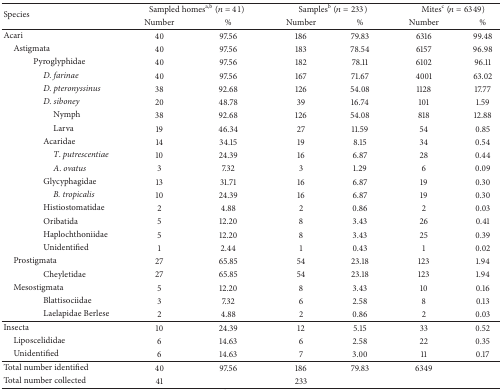
<table><thead><tr><td rowspan="2"><b>Species</b></td><td colspan="2"><b>Sampled homes<sup>a,b</sup> (<i>n</i> = 41)</b></td><td colspan="2"><b>Samples<sup>b</sup> (<i>n</i> = 233)</b></td><td colspan="2"><b>Mites<sup>c</sup> (<i>n</i> = 6349) </b></td></tr><tr><td><b>Number</b></td><td><b>%</b></td><td><b>Number</b></td><td><b>%</b></td><td><b>Number</b></td><td><b>%</b></td></tr></thead><tbody><tr><td>Acari</td><td>40</td><td>97.56</td><td>186</td><td>79.83</td><td>6316</td><td>99.48</td></tr><tr><td> Astigmata</td><td>40</td><td>97.56</td><td>183</td><td>78.54</td><td>6157</td><td>96.98</td></tr><tr><td>Pyroglyphidae</td><td>40</td><td>97.56</td><td>182</td><td>78.11</td><td>6102</td><td>96.11</td></tr><tr><td><i>D. farinae </i></td><td>40</td><td>97.56</td><td>167</td><td>71.67</td><td>4001</td><td>63.02</td></tr><tr><td><i>D. pteronyssinus </i></td><td>38</td><td>92.68</td><td>126</td><td>54.08</td><td>1128</td><td>17.77</td></tr><tr><td><i>D. siboney </i></td><td>20</td><td>48.78</td><td>39</td><td>16.74</td><td>101</td><td>1.59</td></tr><tr><td>Nymph</td><td>38</td><td>92.68</td><td>126</td><td>54.08</td><td>818</td><td>12.88</td></tr><tr><td>Larva</td><td>19</td><td>46.34</td><td>27</td><td>11.59</td><td>54</td><td>0.85</td></tr><tr><td>Acaridae</td><td>14</td><td>34.15</td><td>19</td><td>8.15</td><td>34</td><td>0.54</td></tr><tr><td><i>T</i>.<i> putrescentiae </i></td><td>10</td><td>24.39</td><td>16</td><td>6.87</td><td>28</td><td>0.44</td></tr><tr><td><i>A</i>. <i>ovatus </i></td><td>3</td><td>7.32</td><td>3</td><td>1.29</td><td>6</td><td>0.09</td></tr><tr><td>Glycyphagidae</td><td>13</td><td>31.71</td><td>16</td><td>6.87</td><td>19</td><td>0.30</td></tr><tr><td><i>B. tropicalis </i></td><td>10</td><td>24.39</td><td>16</td><td>6.87</td><td>19</td><td>0.30</td></tr><tr><td>Histiostomatidae</td><td>2</td><td>4.88</td><td>2</td><td>0.86</td><td>2</td><td>0.03</td></tr><tr><td>Oribatida</td><td>5</td><td>12.20</td><td>8</td><td>3.43</td><td>26</td><td>0.41</td></tr><tr><td>Haplochthoniidae</td><td>5</td><td>12.20</td><td>8</td><td>3.43</td><td>25</td><td>0.39</td></tr><tr><td>Unidentified</td><td>1</td><td>2.44</td><td>1</td><td>0.43</td><td>1</td><td>0.02</td></tr><tr><td> Prostigmata</td><td>27</td><td>65.85</td><td>54</td><td>23.18</td><td>123</td><td>1.94</td></tr><tr><td>Cheyletidae</td><td>27</td><td>65.85</td><td>54</td><td>23.18</td><td>123</td><td>1.94</td></tr><tr><td> Mesostigmata</td><td>5</td><td>12.20</td><td>8</td><td>3.43</td><td>10</td><td>0.16</td></tr><tr><td>Blattisociidae</td><td>3</td><td>7.32</td><td>6</td><td>2.58</td><td>8</td><td>0.13</td></tr><tr><td>Laelapidae Berlese</td><td>2</td><td>4.88</td><td>2</td><td>0.86</td><td>2</td><td>0.03</td></tr><tr><td>Insecta</td><td>10</td><td>24.39</td><td>12</td><td>5.15</td><td>33</td><td>0.52</td></tr><tr><td> Liposcelididae</td><td>6</td><td>14.63</td><td>6</td><td>2.58</td><td>22</td><td>0.35</td></tr><tr><td> Unidentified </td><td>6</td><td>14.63</td><td>7</td><td>3.00</td><td>11</td><td>0.17</td></tr><tr><td>Total number identified</td><td>40</td><td>97.56</td><td>186</td><td>79.83</td><td>6349</td><td> </td></tr><tr><td>Total number collected</td><td>41</td><td> </td><td>233</td><td> </td><td> </td><td> </td></tr></tbody></table>